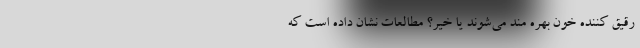
رقیق کننده خون بهره مند می‌شوند یا خیر؟ مطالعات نشان داده است که